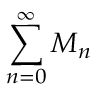
\sum _ { n = 0 } ^ { \infty } M _ { n }